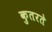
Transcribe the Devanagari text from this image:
कुतरते